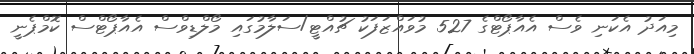
މިއަދު އެކަނި ވެސް އެއާޕޯޓްގެ 527 މުވައްޒަފަކު ޗުއްޓީ/ސަލާމުގައި މޯލްޑިވްސް އެއާޕޯޓްސް ކޮމްޕެނީ